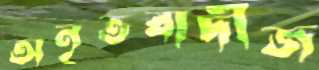
অনৃতবাদীজ